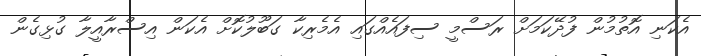
އެކަނި އޮތުމުން ފުދޭކަމަށް ރަސްމީ ސިފައެއްގައި އެމެރިކާ ގަބޫލުކޮށް އެކަން އިސްރާއީލާ ގުޅިގެން